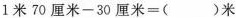
$$1 米 7 0 厘 米 - 3 0 厘 米 = () 米$$